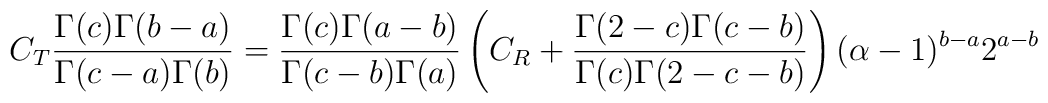
C_T \frac{\Gamma(c) \Gamma(b-a)}{\Gamma(c-a) \Gamma(b)} =\frac{\Gamma(c) \Gamma(a-b)}{\Gamma(c-b) \Gamma(a)} \left( C_R + \frac{\Gamma(2-c)\Gamma(c-b)}{\Gamma(c) \Gamma(2-c-b)} \right)(\alpha-1)^{b-a} 2^{a-b}